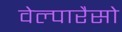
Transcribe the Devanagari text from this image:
वेल्पारैसो